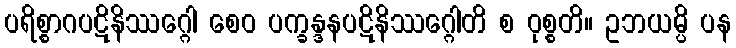
ပရိစ္စာဂပဋိနိဿဂ္ဂေါ စေဝ ပက္ခန္ဒနပဋိနိဿဂ္ဂေါတိ စ ဝုစ္စတိ။ ဥဘယမ္ပိ ပန